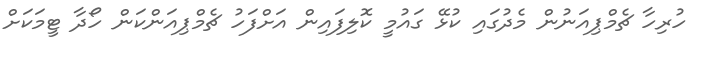
ހުރިހާ ޗެމްޕިއަނުން މެދުގައި ކުޅޭ ގައުމީ ކޮލިފައިން އަށްފަހު ޗެމްޕިއަންކަން ހޯދާ ޓީމަކަށް